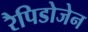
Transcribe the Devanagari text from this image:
रैपिडोजेन